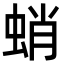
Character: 蛸